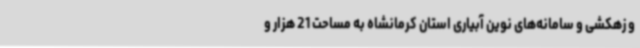
و زهکشی و سامانه‌های نوین آبیاری استان کرمانشاه به مساحت 21 هزار و